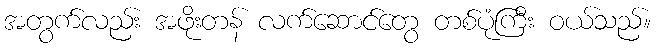
အတွက်လည်း အဖိုးတန် လက်ဆောင်တွေ တစ်ပုံကြီး ဝယ်သည်။